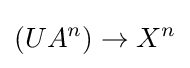
(UA^{n})\to X^{n}